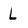
Character: L